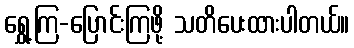
ရွှေ့ကြ-ပြောင်းကြဖို့ သတိပေးထားပါတယ်။